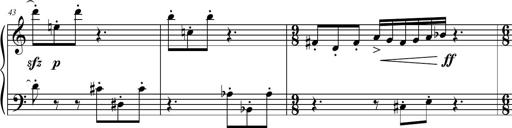
Title: Petite Sonatine
Composer: Richard St. Clair